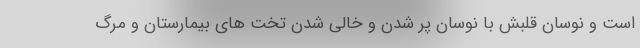
است و نوسان قلبش با نوسان پر شدن و خالی شدن تخت های بیمارستان و مرگ